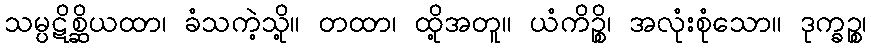
သမ္ပဋိစ္ဆိယထာ၊ ခံသကဲ့သို့။ တထာ၊ ထို့အတူ။ ယံကိဉ္စိ၊ အလုံးစုံသော။ ဒုက္ခဉ္စ၊